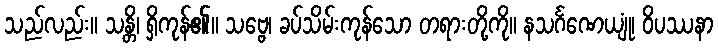
သည်လည်း။ သန္တိ၊ ရှိကုန်၏။ သဗ္ဗေ၊ ခပ်သိမ်းကုန်သော တရားတို့ကို။ နသင်္ဂဏေယျုံ၊ ဝိပဿနာ